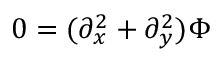
0 = ( \partial _ { x } ^ { 2 } + \partial _ { y } ^ { 2 } ) \Phi